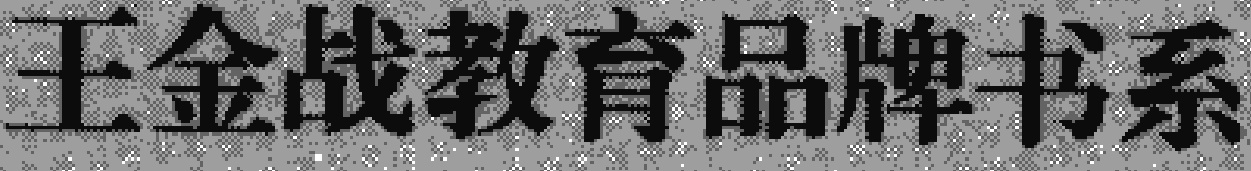
王金战教育品牌书系